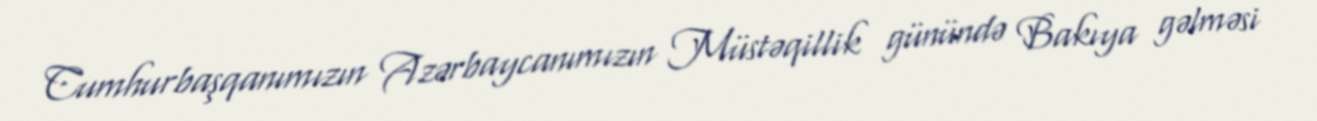
Cumhurbaşqanımızın Azərbaycanımızın Müstəqillik günündə Bakıya gəlməsi